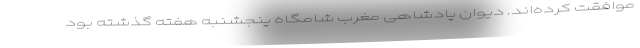
موافقت کرده‌اند. دیوان پادشاهی مغرب شامگاه پنجشنبه هفته گذشته بود